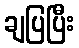
ချပြပြီး